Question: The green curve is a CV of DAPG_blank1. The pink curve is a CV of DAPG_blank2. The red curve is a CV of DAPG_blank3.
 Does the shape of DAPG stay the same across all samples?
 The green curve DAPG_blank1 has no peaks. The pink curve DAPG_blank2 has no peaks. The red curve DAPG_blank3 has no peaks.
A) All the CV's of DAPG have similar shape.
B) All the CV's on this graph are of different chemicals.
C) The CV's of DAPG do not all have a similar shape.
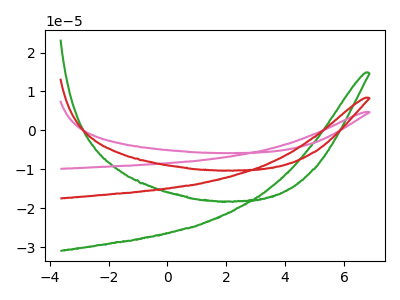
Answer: <think>Neither "DAPG_blank1" or "DAPG_blank2" have any peaks. Neither "DAPG_blank1" or "DAPG_blank3" have any peaks. Neither "DAPG_blank2" or "DAPG_blank3" have any peaks.
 </think>
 <answer>A) All the CV's of "DAPG" have similar shape.</answer>
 <eval>A</eval>